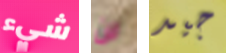
شيء لن جيد